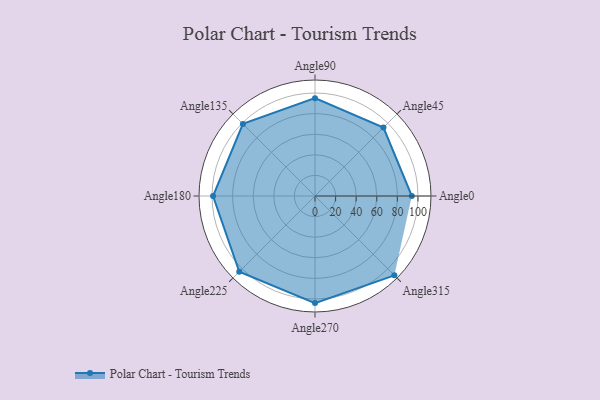
{"axis": {"x": "Angle", "y": "Radius"}, "legend": [""], "data": [{"x": "Angle0", "y": 94.0, "type": ""}, {"x": "Angle45", "y": 94.0, "type": ""}, {"x": "Angle90", "y": 95.0, "type": ""}, {"x": "Angle135", "y": 99.0, "type": ""}, {"x": "Angle180", "y": 99.0, "type": ""}, {"x": "Angle225", "y": 104.0, "type": ""}, {"x": "Angle270", "y": 104.0, "type": ""}, {"x": "Angle315", "y": 109.0, "type": ""}]}